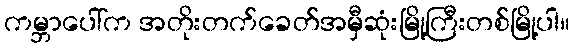
ကမ္ဘာပေါ်က အတိုးတက်ခေတ်အမှီဆုံးမြို့ကြီးတစ်မြို့ပါ။